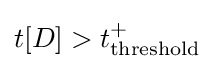
t[D]>t_{\text{threshold}}^{+}